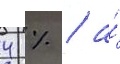
4 % / а́